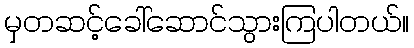
မှတဆင့်ခေါ်ဆောင်သွားကြပါတယ်။